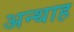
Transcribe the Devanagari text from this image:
अन्‍थाह